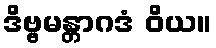
ဒိဗ္ဗမန္တာဂဒံ ဝိယ။